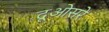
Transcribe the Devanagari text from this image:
दूओसरे